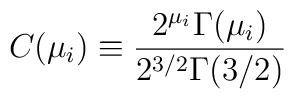
C(\mu_i) \equiv {2^{\mu_i}\Gamma(\mu_i) \over 2^{3/2}\Gamma(3/2)}